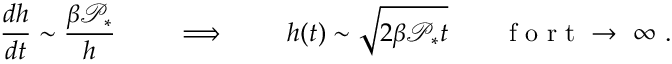
{ \frac { d h } { d t } } \sim { \frac { \beta \mathcal { P } _ { * } } { h } } \qquad \implies \qquad h ( t ) \sim \sqrt { 2 \beta \mathcal { P } _ { * } t } \qquad \mathrm { ~ f ~ o ~ r ~ t ~ \to ~ \infty ~ } .